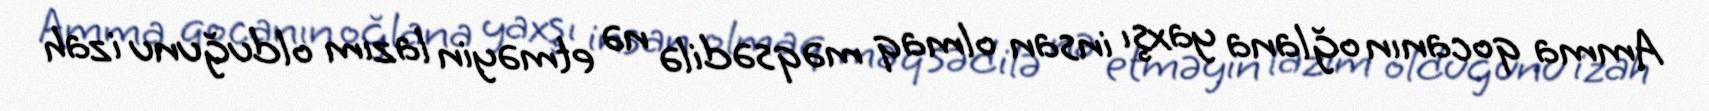
Amma qocanın oğlana yaxşı insan olmaq məqsədilə nə etməyin lazım olduğunu izah